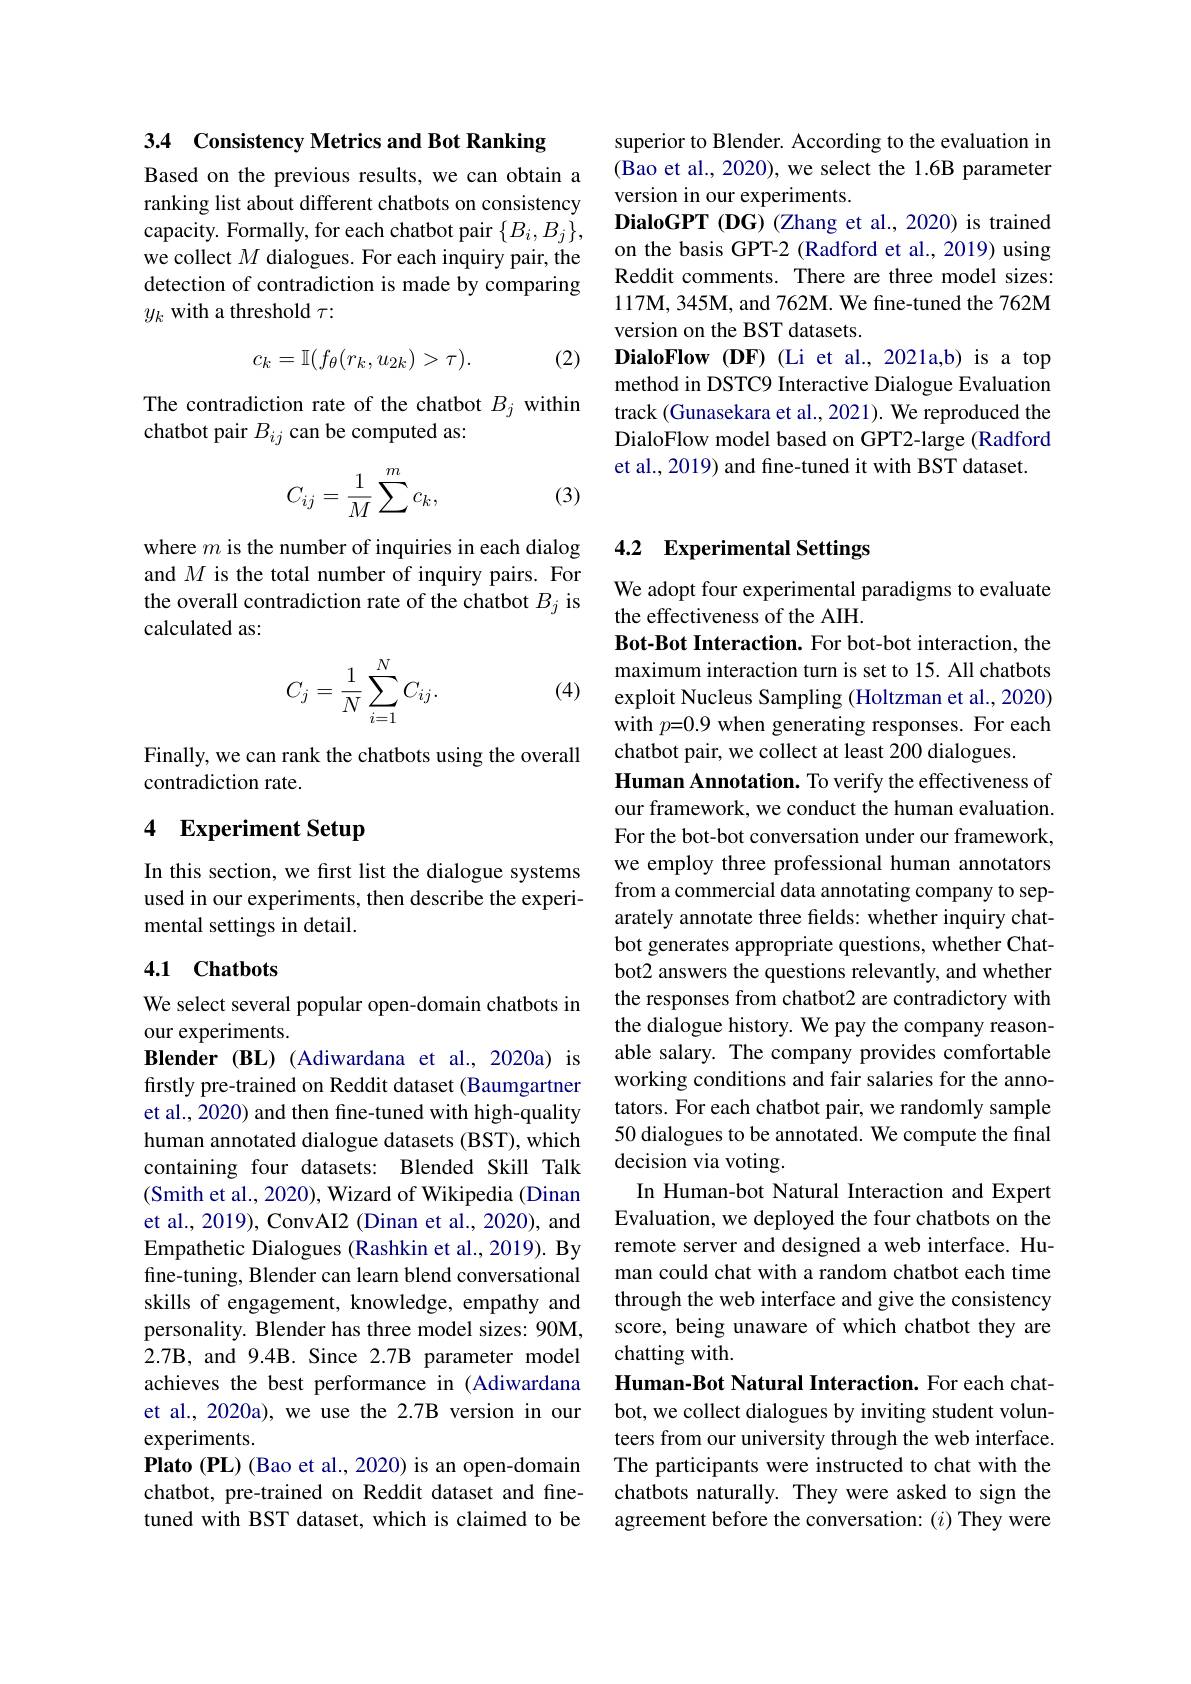
superior to Blender. According to the evaluation in (Bao et al., 2020), we select the 1.6B parameter version in our experiments.
DialoGPT (DG) (Zhang et al., 2020) is trained on the basis GPT-2 (Radford et al., 2019) using Reddit comments. There are three model sizes: 117M, 345M, and 762M. We fine-tuned the 762M version on the BST datasets.
DialoFlow (DF) (Li et al.,2021a,b) is a top method in DSTC9 Interactive Dialogue Evaluation track (Gunasekara et al., 2021). We reproduced the DialoFlow model based on GPT2-large (Radford et al., 2019) and fine-tuned it with BST dataset.

3.4 Consistency Metrics and Bot Ranking

Based on the previous results, we can obtain a ranking list about different chatbots on consistency capacity. Formally, for each chatbot pair $\{B_i,B_j\}$, we collect $M$ dialogues. For each inquiry pair, the detection of contradiction is made by comparing $y_k$ with a threshold $\tau:$

(2)
$$c_k=\mathbb{I}(f_\theta(r_k,u_{2k})>\tau).$$
The contradiction rate of the chatbot $B_j$ within
chatbot pair $B_{ij}$ can be computed as:
$$C_{ij}=\frac{1}{M}\sum^mc_k,$$
(3)

where $m$ is the number of inquiries in each dialog and $M$ is the total number of inquiry pairs. For the overall contradiction rate of the chatbot $B_j$ is calculated as:

(4)
$$C_j=\frac{1}{N}\sum_{i=1}^NC_{ij}.$$
Finally, we can rank the chatbots using the overall
contradiction rate.

## 4 Experiment Setup

In this section, we first list the dialogue systems used in our experiments, then describe the experimental settings in detail.

### 4.1 Chatbots

We select several popular open-domain chatbots in
our experiments.
Blender (BL) (Adiwardana et al.,2020a) is firstly pre-trained on Reddit dataset (Baumgartner et al., 2020) and then fine-tuned with high-quality human annotated dialogue datasets (BST), which containing four datasets: Blended Skill Talk (Smith et al., 2020), Wizard of Wikipedia (Dinan et al., 2019), ConvAI2 (Dinan et al., 2020), and Empathetic Dialogues (Rashkin et al., 2019). By fine-tuning, Blender can learn blend conversational skills of engagement, knowledge, empathy and personality. Blender has three model sizes: 90M, 2.7B, and 9.4B. Since 2.7B parameter model achieves the best performance in (Adiwardana et al., 2020a), we use the 2.7B version in our experiments.
Plato (PL) (Bao et al., 2020) is an open-domain chatbot, pre-trained on Reddit dataset and finetuned with BST dataset, which is claimed to be

### 4.2 Experimental Settings

We adopt four experimental paradigms to evaluate
the effectiveness of the AIH.
Bot-Bot Interaction. For bot-bot interaction, the maximum interaction turn is set to 15. All chatbots exploit Nucleus Sampling (Holtzman et al., 2020) with $p=0.9$ when generating responses. For each chatbot pair, we collect at least 200 dialogues.
Human Annotation. To verify the effectiveness of our framework, we conduct the human evaluation. For the bot-bot conversation under our framework, we employ three professional human annotators from a commercial data annotating company to separately annotate three fields: whether inquiry chatbot generates appropriate questions, whether Chatbot2 answers the questions relevantly, and whether the responses from chatbot2 are contradictory with the dialogue history. We pay the company reasonable salary. The company provides comfortable working conditions and fair salaries for the annotators. For each chatbot pair, we randomly sample 50 dialogues to be annotated. We compute the final decision via voting.
In Human-bot Natural Interaction and Expert Evaluation, we deployed the four chatbots on the remote server and designed a web interface. Human could chat with a random chatbot each time through the web interface and give the consistency score, being unaware of which chatbot they are chatting with.
Human-Bot Natural Interaction. For each chatbot, we collect dialogues by inviting student volunteers from our university through the web interface. The participants were instructed to chat with the chatbots naturally. They were asked to sign the agreement before the conversation: $(i)$ They were